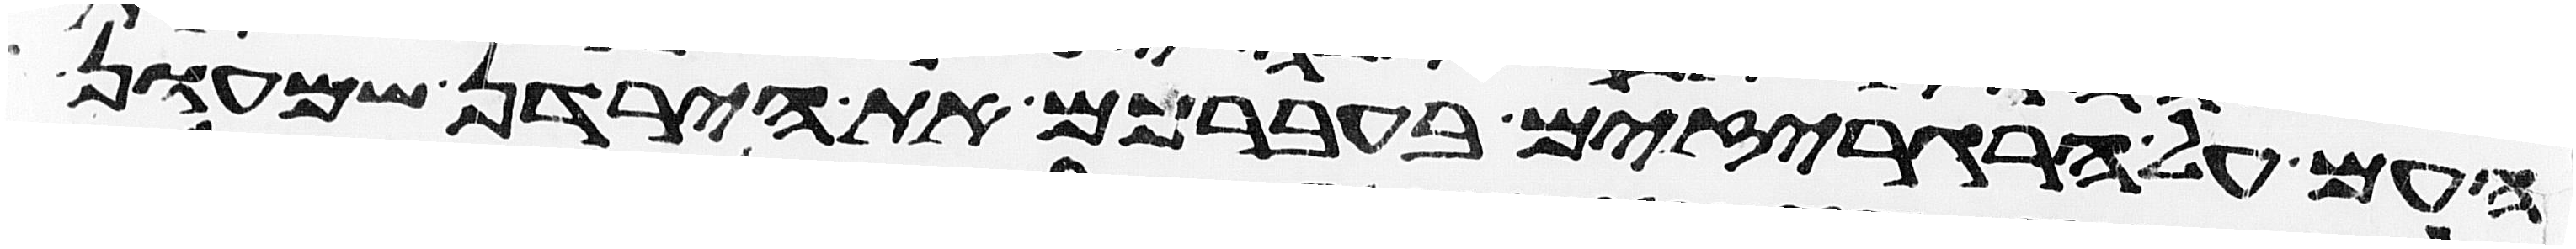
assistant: העם על הרגריזים בעברכם את הירדן שמעון